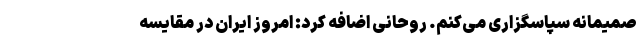
صمیمانه سپاسگزاری می‌کنم. روحانی اضافه کرد: امروز ایران در مقایسه